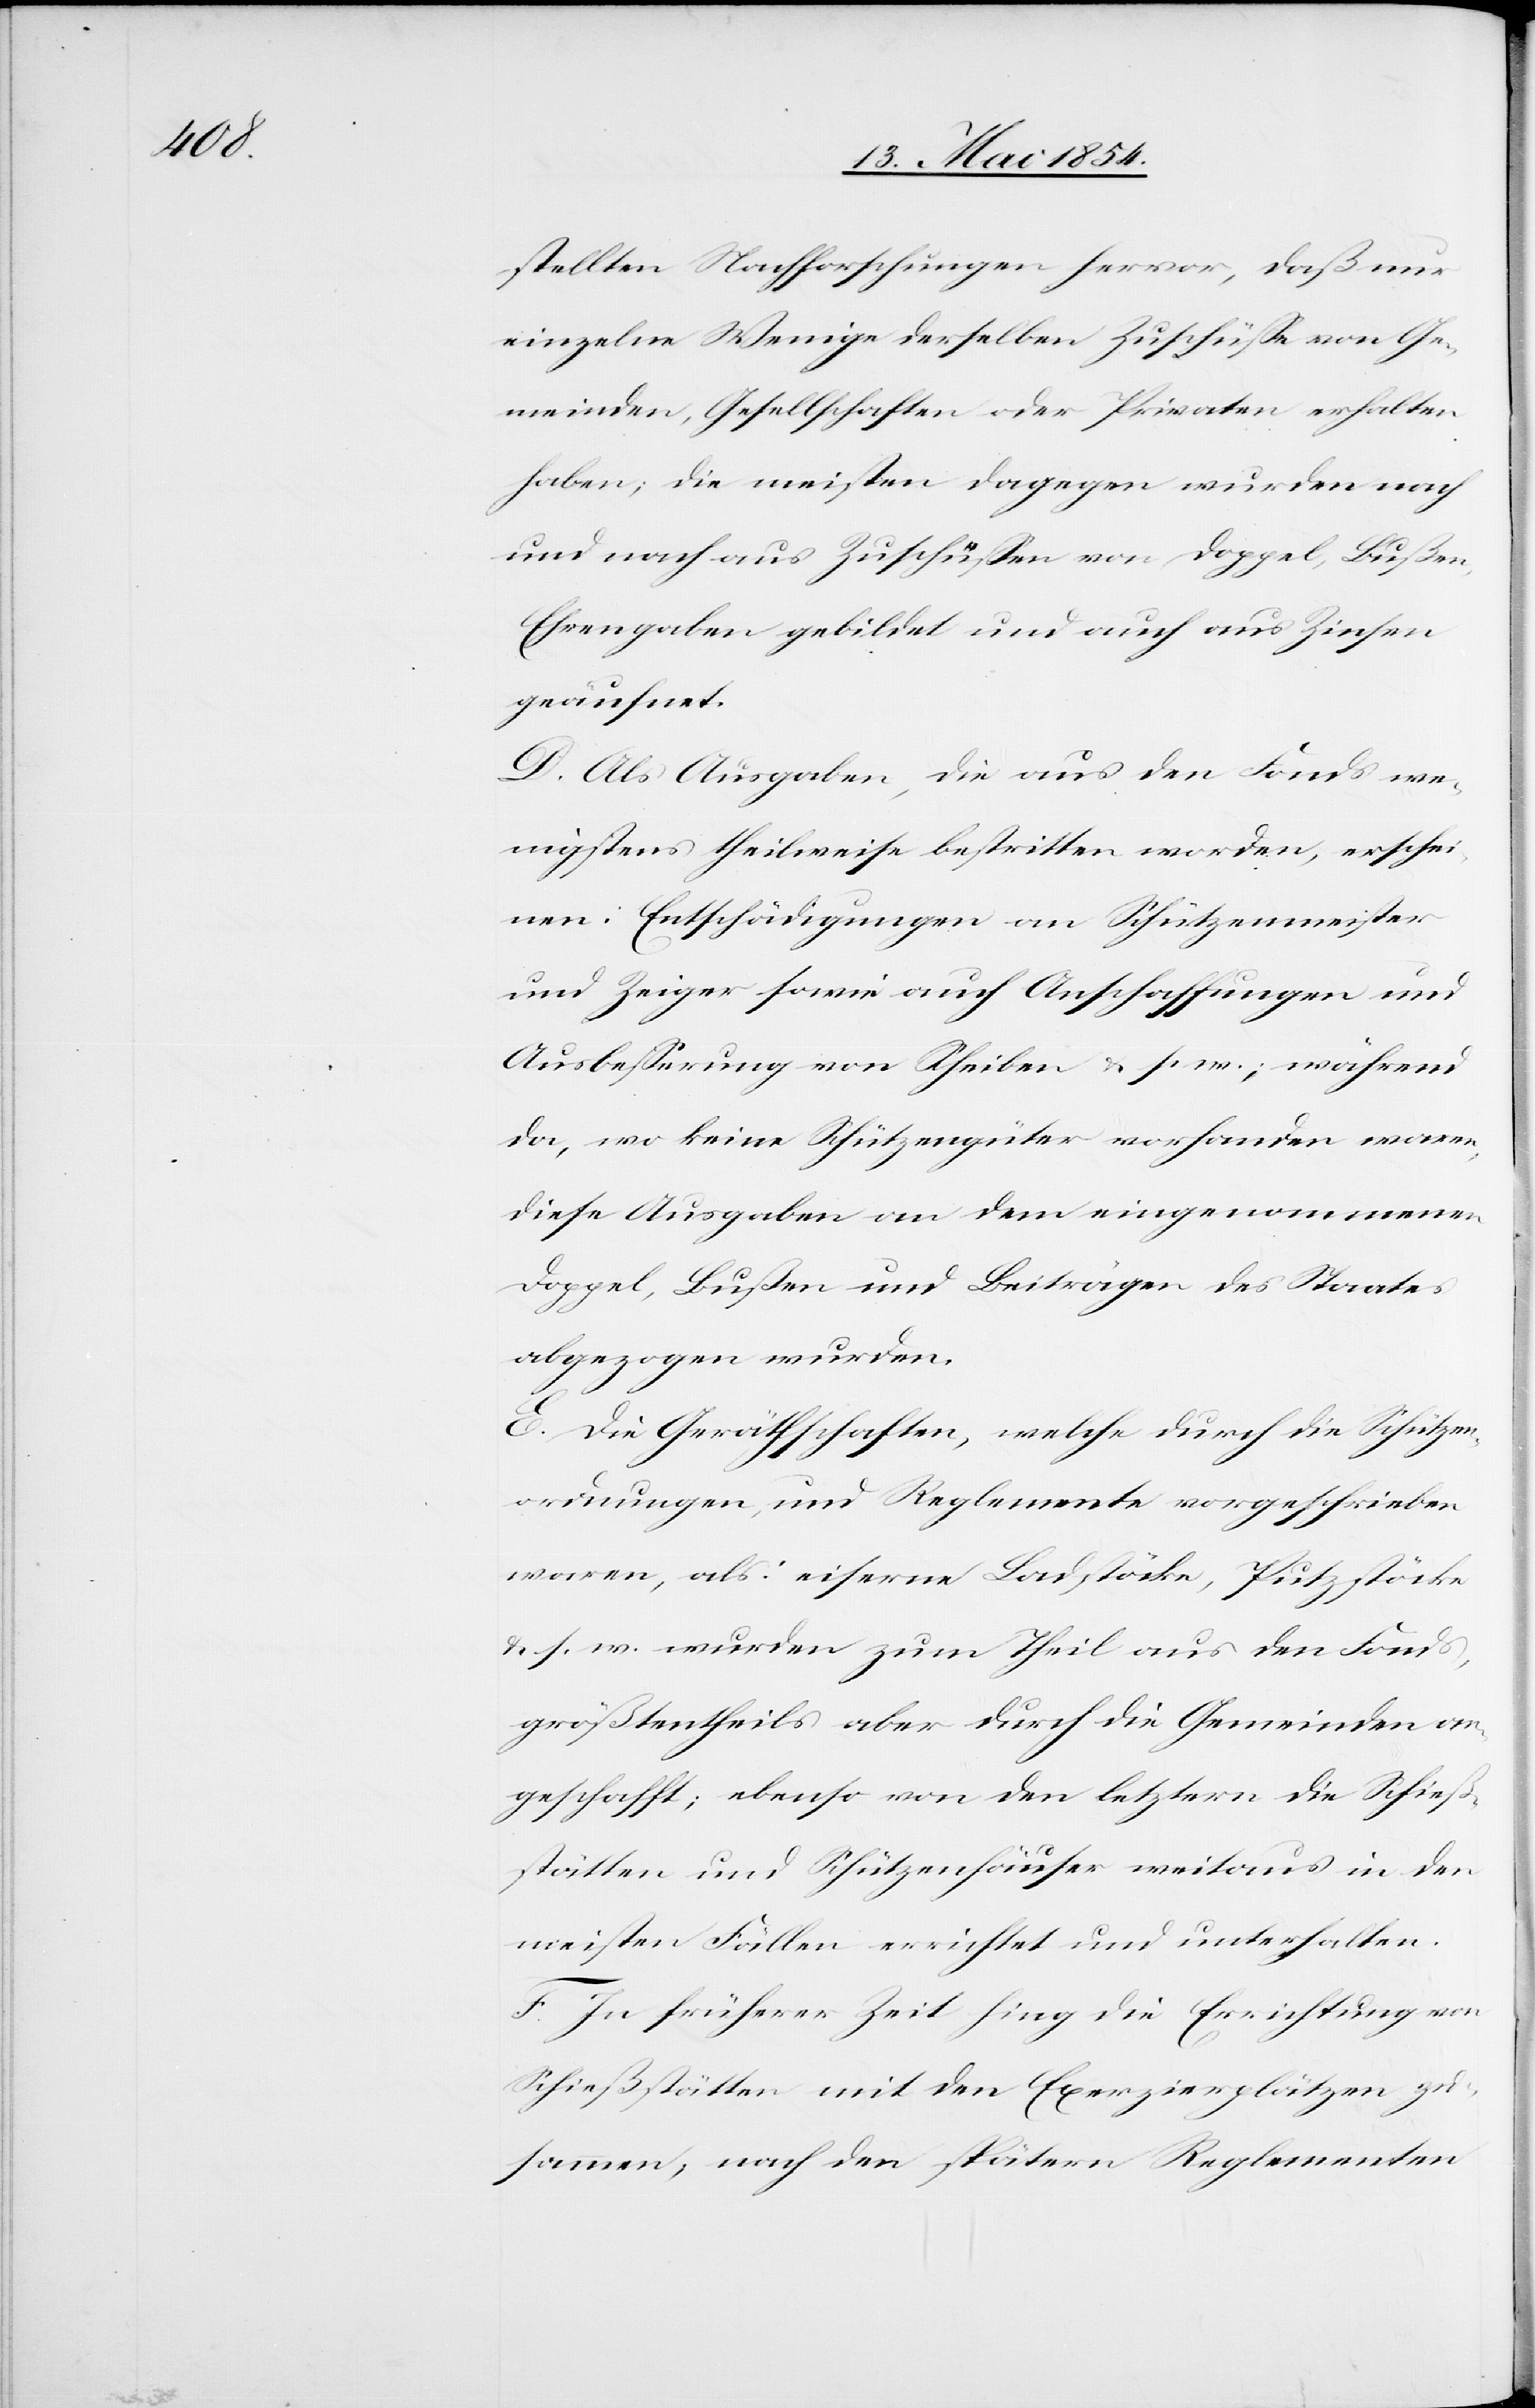
stellten Nachforschungen hervor, daß nur
einzelne Wenige derselben Zuschüße von Ge¬
meinden, Gesellschaften oder Privaten erhalten
haben; die meisten dagegen wurden nach
und nach aus Zuschüßen von Doppel, Bußen,
Ehrengaben gebildet und auch aus Zinsen
geäufnet.
D. Als Ausgaben, die aus den Fonds we¬
nigstens theilweise bestritten worden, erschei¬
nen: Entschädigungen an Schützenmeister
und Zeiger sowie auch Anschaffungen und
Ausbeßerung von Scheiben u. s. w.; während
da, wo keine Schützengüter vorhanden waren,
diese Ausgaben an dem eingenommenen
Doppel, Bußen und Beiträgen des Staates
abgezogen wurden.
E. Die Geräthschaften, welche durch die Schützen¬
ordnungen, und Reglement vorgeschrieben
waren, als: eiserne Ladstöcke, Putzstöcke
u. s. w. wurden zum Theil aus den Fonds,
größtentheils aber durch die Gemeinden an¬
geschafft; ebenso von den letztern die Schieß¬
stätten und Schützenhäuser weitaus in den
meisten Fällen errichtet und unterhalten.
F. In früherer Zeit hing die Errichtung von
Schießstätten mit den Exerzierplätzen zu¬
sammen; nach den spätern Reglementen